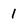
Character: 1